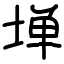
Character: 𫮃